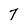
Character: 7